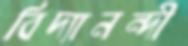
বিদ্যানন্দী